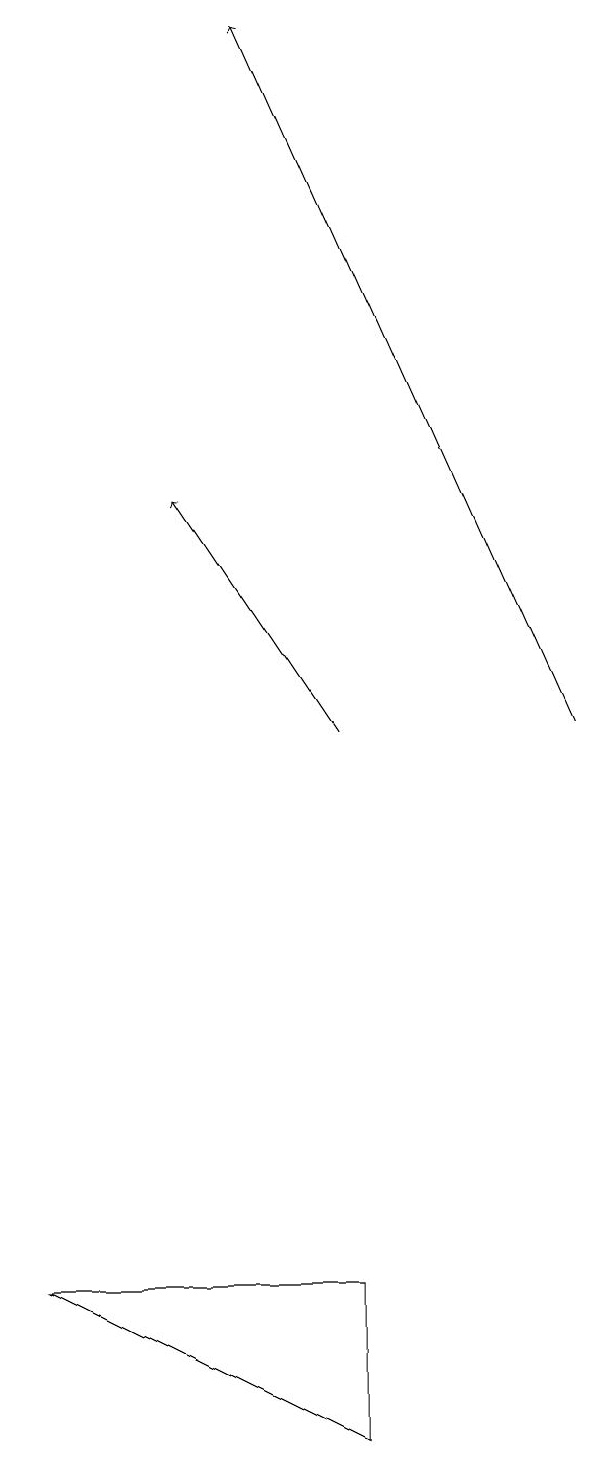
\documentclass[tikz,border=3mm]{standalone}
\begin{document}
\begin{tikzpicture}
\draw[->] (9,10) -- (5,19);
\draw (6,1) -- (2,3) -- (6,3) -- cycle;
\draw[->] (6,10) -- (4,13);
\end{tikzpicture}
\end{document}